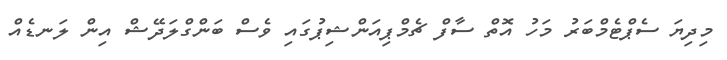
މިދިޔަ ސެޕްޓެމްބަރު މަހު އޮތް ސާފް ޗެމްޕިއަންޝިޕުގައި ވެސް ބަންގްލަދޭޝް އިން ލަނޑެއް